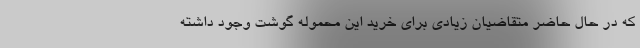
که در حال حاضر متقاضیان زیادی برای خرید این محموله گوشت وجود داشته